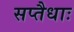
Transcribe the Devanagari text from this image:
सप्तैधाः